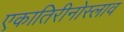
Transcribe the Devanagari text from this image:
एकातिरीनोस्लाव